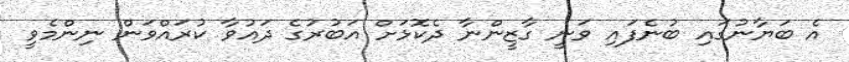
އެ ބަޔާނުގައި ބުނެފައި ވަނީ ގާޒީންނާ ދެކޮޅަށް އަބުރުގެ ދައުވާ ކުރައްވަން ނިންމެވީ